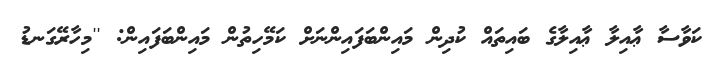
ކަވާސާ ޢާއިލާ ޢާއިލާގެ ބައިތައް ކުދިން މައިންބަފައިންނަށް ކަމޭހިތުން މައިންބަފައިން: ''މިހާރޭގަނޑު